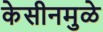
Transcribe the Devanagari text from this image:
केसीनमुळे